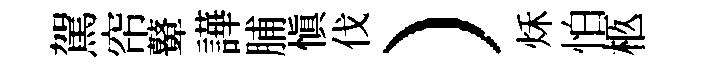
駕帘鼙譁脯愼伐）秌怕柩